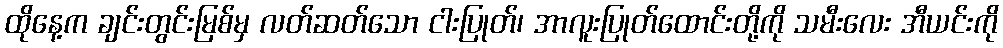
ထိုနေ့က ချင်းတွင်းမြစ်မှ လတ်ဆတ်သော ငါးပြုတ်၊ အာလူးပြုတ်ထောင်းတို့ကို သမီးလေး အီယင်းကို